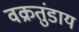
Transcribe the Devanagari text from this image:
वक्रतुंडाय